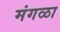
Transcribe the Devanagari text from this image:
मंगळा